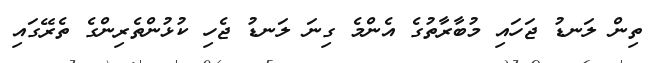
ތިން ލަނޑު ޖަހައި މުބާރާތުގެ އެންމެ ގިނަ ލަނޑު ޖެހި ކުޅުންތެރިންގެ ތެރޭގައި